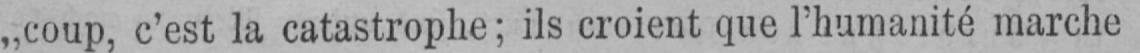
„coup, c’est la catastrophe; ils croient que l’humanité marche